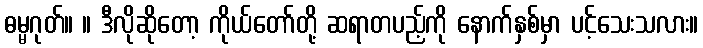
ဓမ္မဂုတ်။ ။ ဒီလိုဆိုတော့ ကိုယ်တော်တို့ ဆရာတပည့်ကို နောက်နှစ်မှာ ပင့်သေးသလား။